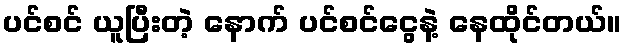
ပင်စင် ယူပြီးတဲ့ နောက် ပင်စင်ငွေနဲ့ နေထိုင်တယ်။